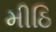
મીઠિ